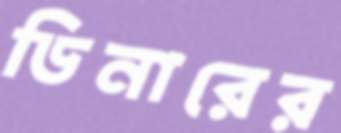
ডিনারের